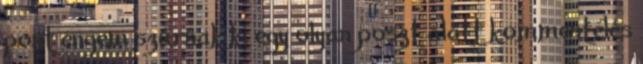
pont engem szúrnak ki egy olyan poszt alatt kommentelés